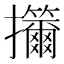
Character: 㩶